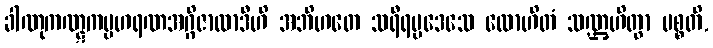
ခါဏုကဏ္ဋကပ္ပဟရဏအဂ္ဂိဇာလာဒီဟိ အဘိဟတေ သရီရပ္ပဒေသေ လောဟိတံ သဏ္ဌဟိတွာ ပစ္စတိ,